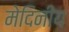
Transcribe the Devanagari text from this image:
मेदिनीय